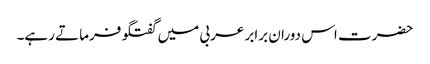
حضرت اس دوران برابر عربی میں گفتگو فرماتے رہے۔